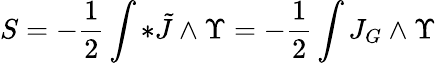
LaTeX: S=-\frac{1}{2}\int*\tilde{J}\wedge\Upsilon=-\frac{1}{2}\int J_{G}\wedge\Upsilon